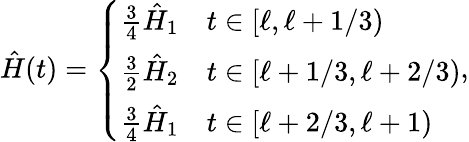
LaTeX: \hat{H}(t)=\left\{ \begin{array}{ll}{\frac{3}{4}\hat{H}_{1}}&{t\in[\ell,\ell+1/3)}\\ {\frac{3}{2}\hat{H}_{2}}&{t\in[\ell+1/3,\ell+2/3)}\\ {\frac{3}{4}\hat{H}_{1}}&{t\in[\ell+2/3,\ell+1)}\end{array}\right.,